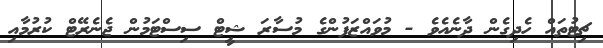
ޗިޓުތައް ހެދިގެން ދާނެއެވެ - މުވައްޒަފުންގެ މުސާރަ ޝީޓް ސިސްޓަމުން ޖެނެރޭޓް ކުރުމާއި